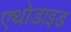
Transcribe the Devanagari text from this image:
एथोडाइड